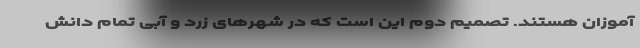
آموزان هستند. تصمیم دوم این است که در شهرهای زرد و آبی تمام دانش‌